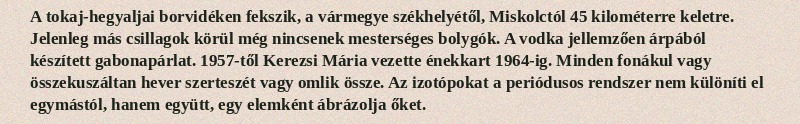
A tokaj-hegyaljai borvidéken fekszik, a vármegye székhelyétől, Miskolctól 45 kilométerre keletre. Jelenleg más csillagok körül még nincsenek mesterséges bolygók. A vodka jellemzően árpából készített gabonapárlat. 1957-től Kerezsi Mária vezette énekkart 1964-ig. Minden fonákul vagy összekuszáltan hever szerteszét vagy omlik össze. Az izotópokat a periódusos rendszer nem különíti el egymástól, hanem együtt, egy elemként ábrázolja őket.